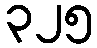
၃၂၅